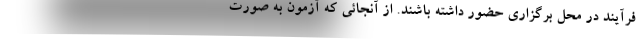
فرآیند در محل برگزاری حضور داشته باشند. از آنجائی که آزمون به صورت